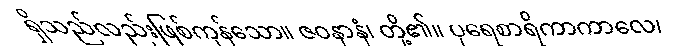
ရှိသည်လည်းဖြစ်ကုန်သော။ ဇဝနာနံ၊ တို့၏။ ပုရေစာရိကာကာလေ၊